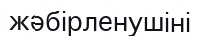
жәбірленушіні